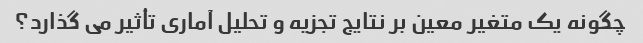
چگونه یک متغیر معین بر نتایج تجزیه و تحلیل آماری تأثیر می گذارد؟